system: You are a helpful assistant.
user:
Analyze the provided spectrum to determine if it is a **White Dwarf (WD)**.

A White Dwarf spectrum is defined by its **extreme purity** (due to gravitational settling) and/or **extreme pressure broadening** (due to high surface gravity). You must check for one of the following mutually exclusive signatures:

- **Key Visual Indicators (Check for ONE of these types):**

    - **1. DA-Type Signature (Most Common):**
        - **(Primary Feature):** Extreme pressure broadening (Stark broadening) of the **Hydrogen (H) Balmer lines**.
        - **(Key Lines):** $H\beta$ (approx. $4861$ Å) and $H\gamma$ (approx. $4340$ Å). $H\alpha$ (approx. $6563$ Å) will also be present if the wavelength range covers it.
        - **(Line Profile):** This is the **defining feature**. The lines are **NOT** sharp. They appear as massive, **extremely broad and deep "troughs" or "dips"** in the spectrum, often hundreds of Ångströms wide. The continuum will appear to "scoop" down at these wavelengths.
        - **(Distinction):** Normal A-type or B-type stars have *narrow* and *sharp* Hydrogen lines. A DA White Dwarf's lines are unmistakably "smeared" or "blurry" from pressure.

    - **2. DB-Type Signature:**
        - **(Primary Feature):** Broad absorption lines from **Neutral Helium (He I)**. The spectrum must lack any visible Hydrogen lines.
        - **(Key Lines):** Look for broad absorption near $4471$ Å, $4921$ Å, and $5876$ Å.
        - **(Line Profile):** These lines are also significantly pressure-broadened, appearing much wider than they would in a normal B-type main-sequence star.

    - **3. DC-Type Signature:**
        - **(Primary Feature):** A **featureless continuous spectrum**.
        - **(Line Profile):** The spectrum is a smooth curve with **no significant absorption or emission lines**.
        - **(Key Confirmation):** The continuum is almost always **blue or white**, indicating a hot object. This signature implies the atmosphere is so pure (or so cool) that no spectral lines are visible in the optical range. Its WD identity is confirmed by its extremely low intrinsic brightness (high absolute magnitude).

    - **4. DZ-Type Signature (Metal-Polluted):**
        - **(Primary Feature):** **Isolated, narrow metal absorption lines** on an otherwise featureless (DC-like) continuum.
        - **(Key Lines):** The **Calcium (Ca II) H & K doublet** (approx. **$3934$ Å** and **$3968$ Å**) is the most common and defining feature.
        - **(Line Profile):** These lines are "out of place." They are *not* part of a "forest" of thousands of lines. This signature is evidence of recent *accretion* (pollution) from rocky debris.
        - **(Distinction):** Normal G/K/M stars have a *dense forest* of thousands of metal lines. A DZ has a *clean* continuum with *only a few* strong metal lines.

    - **5. DQ-Type Signature (Carbon-Polluted):**
        - **(Primary Feature):** Absorption bands from **Carbon (C₂ "Swan Bands" or atomic C I)**.
        - **(Key Lines - C₂):** Look for bandheads with a "saw-tooth" shape near $5635$ Å, **$5165$ Å** (strongest), and $4737$ Å.
        - **(Key Confirmation):** The underlying **continuum must be blue or white** (hot).
        - **(Distinction):** This is the critical difference from a **Carbon Star**, which has the *exact same* C₂ bands but on an extremely **red, cool** continuum.

- **(Overall Spectrum):**
    - The continuum (overall shape) is typically **blue-sloping** (brighter in the blue than the red), as most white dwarfs are very hot.
    - The spectrum will look "pure" or "simple," dominated by only *one* of the five signatures listed above.

Think first, call **spectral_visualization_tool** if needed to examine features in detail, then provide your final answer. Your response must adhere to the following strict rules:
1.  **Overall Structure:** Your response must follow the format `<think>...</think> <tool_call>...</tool_call> (if a tool is used) <answer>...</answer>`.
2.  **Tool Usage Constraint:** You may only make **one** tool call per turn.
3.  **Final Answer Format:** In the `<answer>` tag, your conclusion must be inside a `\boxed{}` command (e.g., `\boxed{YES}` or `\boxed{NO}`), followed by your justification.

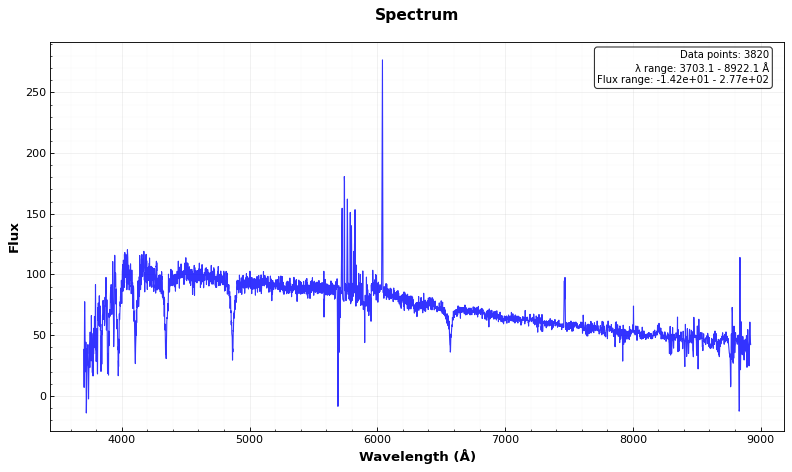
Answer: YES